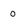
Character: 0